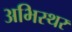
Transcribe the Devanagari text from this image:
अभिस्थर